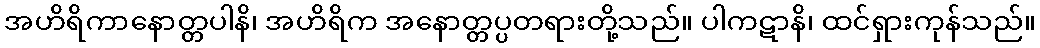
အဟိရိကာနောတ္တပါနိ၊ အဟိရိက အနောတ္တပ္ပတရားတို့သည်။ ပါကဋာနိ၊ ထင်ရှားကုန်သည်။